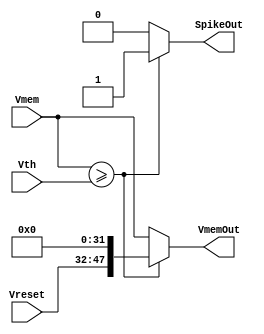
/*
-----------------------------------------------------
| Created on: 12.07.2018		            						
| Author: Saunak Saha				    
|                                                   
| Department of Electrical and Computer Engineering 
| Iowa State University                             
-----------------------------------------------------
*/


`timescale 1ns/1ns
module ThresholdUnit
#(
	parameter INTEGER_WIDTH = 16, 
	parameter DATA_WIDTH_FRAC = 32,
	parameter DATA_WIDTH = INTEGER_WIDTH + DATA_WIDTH_FRAC
)
(

	input wire signed [(DATA_WIDTH-1):0] Vth,
	input wire signed [(DATA_WIDTH-1):0] Vmem,
	input wire signed [(INTEGER_WIDTH-1):0] Vreset,

	output wire signed [(DATA_WIDTH-1):0] VmemOut,
	output wire SpikeOut 
);

	//Intermediate Values:
	wire signed [(DATA_WIDTH-1):0] Vreset_Extended;


	//Wire Select and/or padding for Fixed-point Arithmetic
	assign Vreset_Extended = {Vreset,{DATA_WIDTH_FRAC{1'b0}}};              //pad fractional bits 



	//Combinational Computation

	assign SpikeOut = (Vmem >= Vth) ? 1'b1 : 1'b0;
	assign VmemOut = (Vmem >= Vth) ? Vreset_Extended : Vmem;


	endmodule